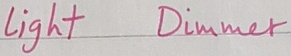
Text: Light Dimmer